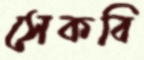
সেকবি